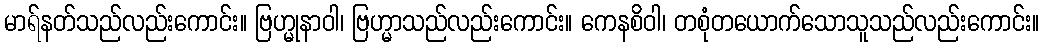
မာရ်နတ်သည်လည်းကောင်း။ ဗြဟ္မုနာဝါ၊ ဗြဟ္မာသည်လည်းကောင်း။ ကေနစိဝါ၊ တစုံတယောက်သောသူသည်လည်းကောင်း။